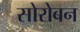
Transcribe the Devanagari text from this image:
सोरोबन